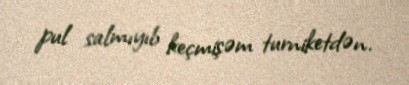
pul salmıyıb keçmişəm turniketdən.